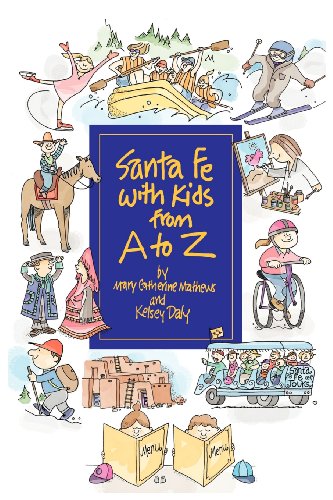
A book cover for Santa Fe With Kids From A To Z; Mary Catherine Mathews; Travel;